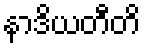
နာဒိယတီတိ